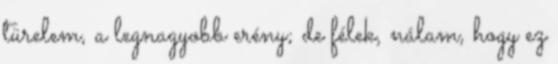
türelem, a legnagyobb erény; de félek, nálam, hogy ez